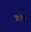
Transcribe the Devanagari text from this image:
फ़ॉक